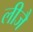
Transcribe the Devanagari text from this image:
लीजै